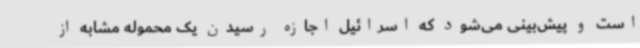
است و پیش‌بینی می‌شود که اسرائیل اجازه رسیدن یک محموله مشابه‌ از